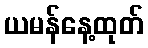
ယမန်နေ့ထုတ်